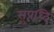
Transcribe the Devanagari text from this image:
सुप्रध्दि